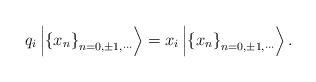
LaTeX: \begin{align*}q_i\left| \left\{ x_n\right\} _{n=0,\pm 1,\cdots }\right\rangle =x_i\left|\left\{ x_n\right\} _{n=0,\pm 1,\cdots }\right\rangle . \end{align*}